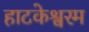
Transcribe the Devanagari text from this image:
हाटकेश्वरम